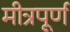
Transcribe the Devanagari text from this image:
मीत्रपूर्ण